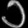
Digit: ၁